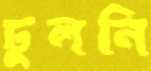
ঢুলনি